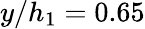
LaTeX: y/h_{1}=0.65